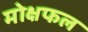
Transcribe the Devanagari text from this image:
मोक्षफल